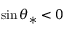
\sin \theta _ { \ast } < 0